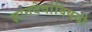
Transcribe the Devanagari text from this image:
ज्ञानदेवांविषयी